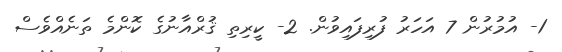
1- އުމުރުން 7 އަހަރު ފުރިފައިވުން. 2- ކީރިތި ޤުރްއާނުގެ ކޮންމެ ތަނެއްވެސް